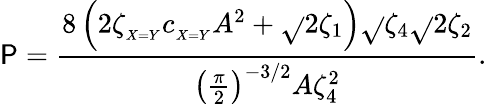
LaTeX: \mathsf{P}=\frac{{8\left(2\zeta_{_{X=Y}}c_{_{X=Y}}A^{2}+\sqrt{}{{2}}\zeta_{1}\right)\sqrt{}{{\zeta_{4}\sqrt{}{{2}}\zeta_{2}}}}}{{\left(\frac{{\pi}}{{2}}\right)^{-3/2}A\zeta_{4}^{2}}}.